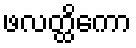
ဖလတ္ထိကော